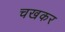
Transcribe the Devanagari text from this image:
चखकर